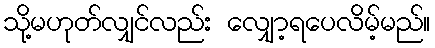
သို့မဟုတ်လျှင်လည်း လျှော့ရပေလိမ့်မည်။